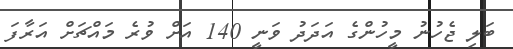
ބަލި ޖެހުނު މީހުންގެ އަދަދު ވަނީ 140 އަށް ވުރެ މައްޗަށް އަރާފަ